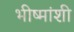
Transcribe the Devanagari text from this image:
भीष्मांशी